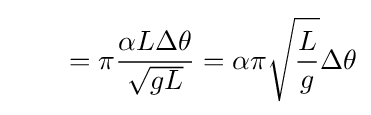
\qquad =\pi {\alpha L\Delta \theta  \over {\sqrt {gL}}}=\alpha \pi {\sqrt {L \over g}}\Delta \theta